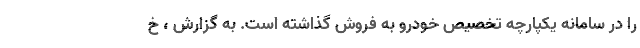
را در سامانه یکپارچه تخصیص خودرو به فروش گذاشته است. به گزارش ، خ